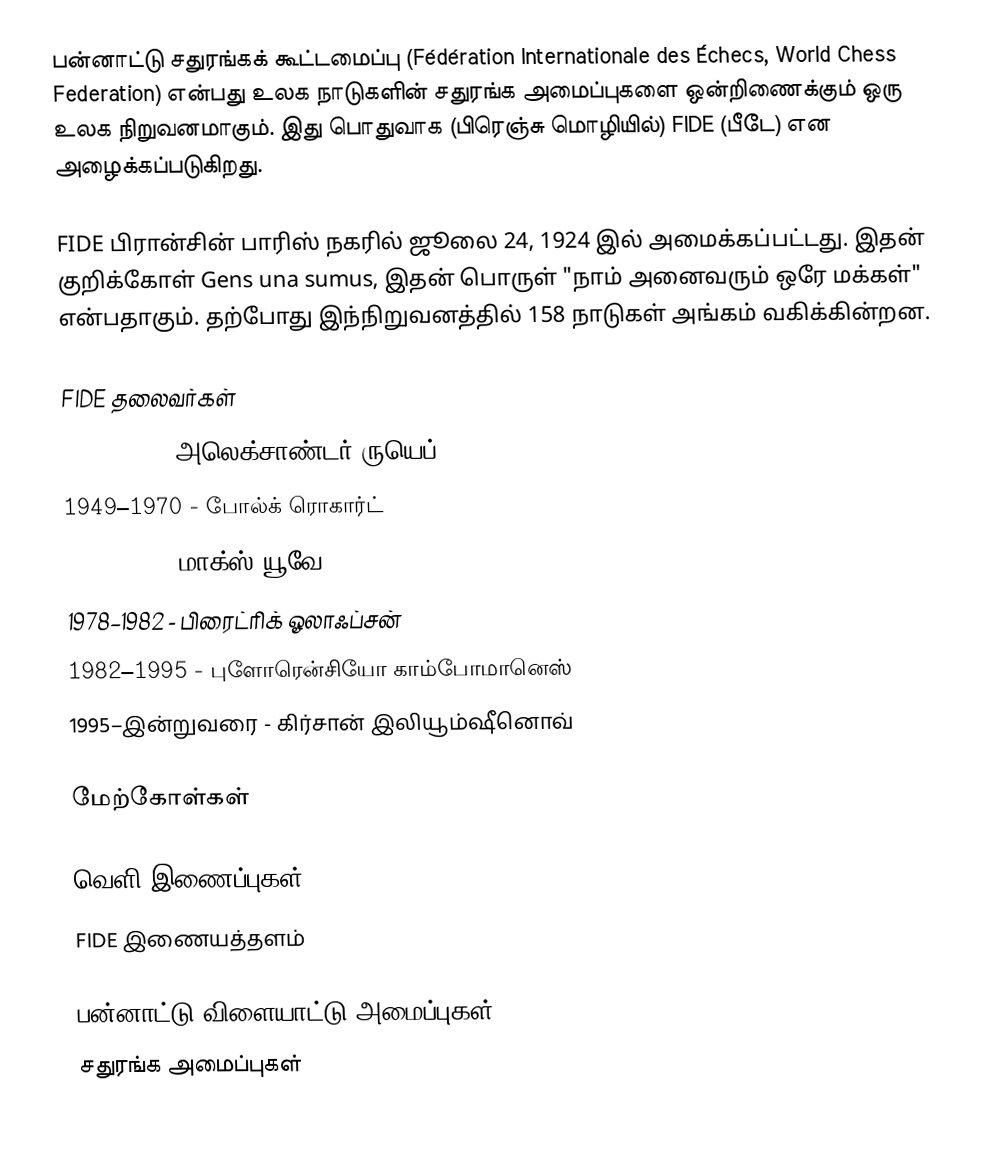
பன்னாட்டு சதுரங்கக் கூட்டமைப்பு (Fédération Internationale des Échecs, World Chess Federation) என்பது உலக நாடுகளின் சதுரங்க அமைப்புகளை ஒன்றிணைக்கும் ஒரு உலக நிறுவனமாகும். இது பொதுவாக (பிரெஞ்சு மொழியில்) FIDE (பீடே) என அழைக்கப்படுகிறது.

FIDE பிரான்சின் பாரிஸ் நகரில் ஜூலை 24, 1924 இல் அமைக்கப்பட்டது. இதன் குறிக்கோள் Gens una sumus, இதன் பொருள் "நாம் அனைவரும் ஒரே மக்கள்" என்பதாகும். தற்போது இந்நிறுவனத்தில் 158 நாடுகள் அங்கம் வகிக்கின்றன.

FIDE தலைவர்கள்
 1924–1949 - அலெக்சாண்டர் ருயெப்
 1949–1970 - போல்க் ரொகார்ட்
 1970–1978 - மாக்ஸ் யூவே
 1978–1982 - பிரைட்ரிக் ஓலாஃப்சன்
 1982–1995 - புளோரென்சியோ காம்போமானெஸ்
 1995–இன்றுவரை - கிர்சான் இலியூம்ஷீனொவ்

மேற்கோள்கள்

வெளி இணைப்புகள்
 FIDE இணையத்தளம்

பன்னாட்டு விளையாட்டு அமைப்புகள்
சதுரங்க அமைப்புகள்